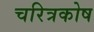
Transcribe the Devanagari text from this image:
चरित्रकोष